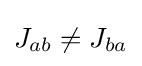
J_{ab}\neq J_{ba}